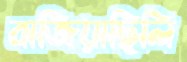
বাজিয়াছিলি